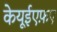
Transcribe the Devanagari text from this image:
केयूईएफ़ए